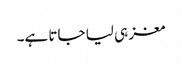
مغز ہی لیا جاتا ہے۔